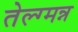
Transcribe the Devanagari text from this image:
तेल्ग्मन्न